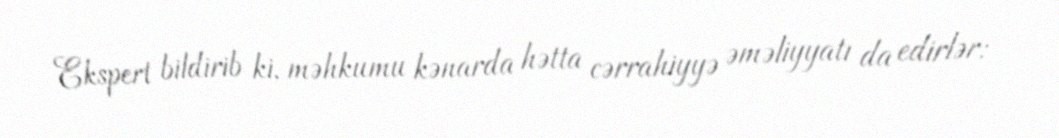
Ekspert bildirib ki, məhkumu kənarda hətta cərrahiyyə əməliyyatı da edirlər: